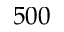
5 0 0